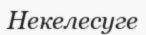
Некелесуге